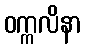
ဝက္ကလိနာ